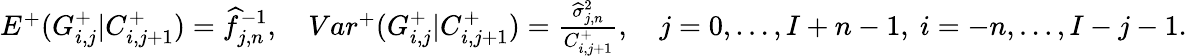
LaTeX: \begin{array}{r}{E^{+}(G_{i,j}^{+}|C_{i,j+1}^{+})=\widehat{f}_{j,n}^{-1},\quad Var^{+}(G_{i,j}^{+}|C_{i,j+1}^{+})=\frac{\widehat{\sigma}_{j,n}^{2}}{C_{i,j+1}^{+}},\quad j=0,\dots,I+n-1,\ i=-n,\dots,I-j-1.}\end{array}